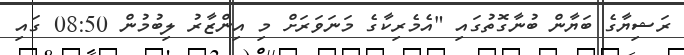
ރަޝިޔާގެ ބަޔާން ބުނާގޮތުގައި "އެމެރިކާގެ މަނަވަރަށް މި އިންޒާރު ލިބުމުން 08:50 ގައި